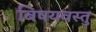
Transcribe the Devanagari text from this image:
बिषयवस्तु